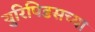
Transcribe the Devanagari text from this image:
युरिपिडसच्या